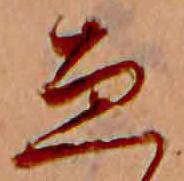
ゑ